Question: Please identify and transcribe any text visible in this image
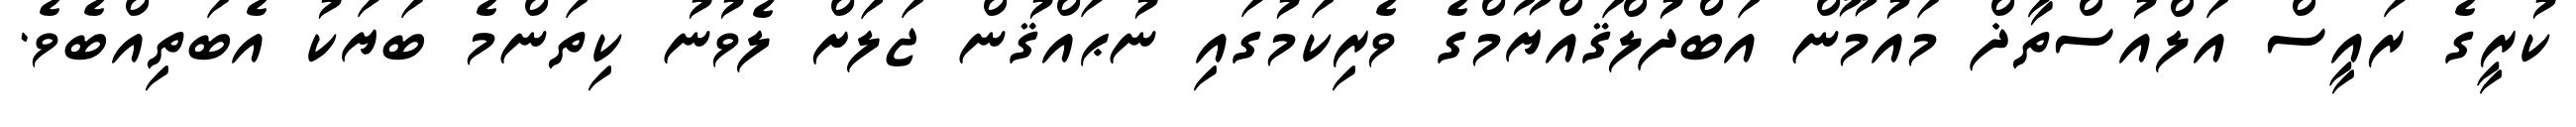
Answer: ކުރީގެ ރައީސް އަލްއުސްތާޛް މައުމޫން އަބްދުލްޤައްޔޫމްގެ ވެރިކަމުގައި ނުޙައްޤުން ޖަލަށް ލެވުނު ކިތަންމެ ބަޔަކު އެބަތިއްބެވެ.